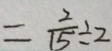
= \frac { 2 } { 1 5 } \div 2